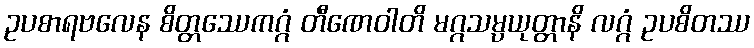
ဥပစာရဗလေန စိတ္တဿေကဂ္ဂံ တီဏေဝါတိ မဂ္ဂသမ္ပယုတ္တာနိ လဂ္ဂံ ဥပစိတဿ